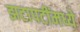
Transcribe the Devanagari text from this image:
झटापटींमध्ये